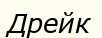
Дрейк